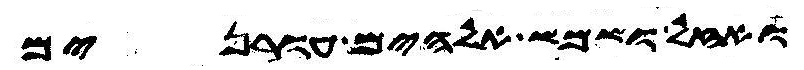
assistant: ואזל ושמש אלהים עורנים